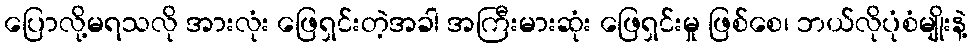
ပြောလို့မရသလို အားလုံး ဖြေရှင်းတဲ့အခါ အကြီးမားဆုံး ဖြေရှင်းမှု ဖြစ်စေ၊ ဘယ်လိုပုံစံမျိုးနဲ့